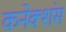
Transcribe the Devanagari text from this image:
कनेक्‍शंस